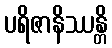
ပရိဇာနိဿန္တိ